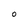
Character: O